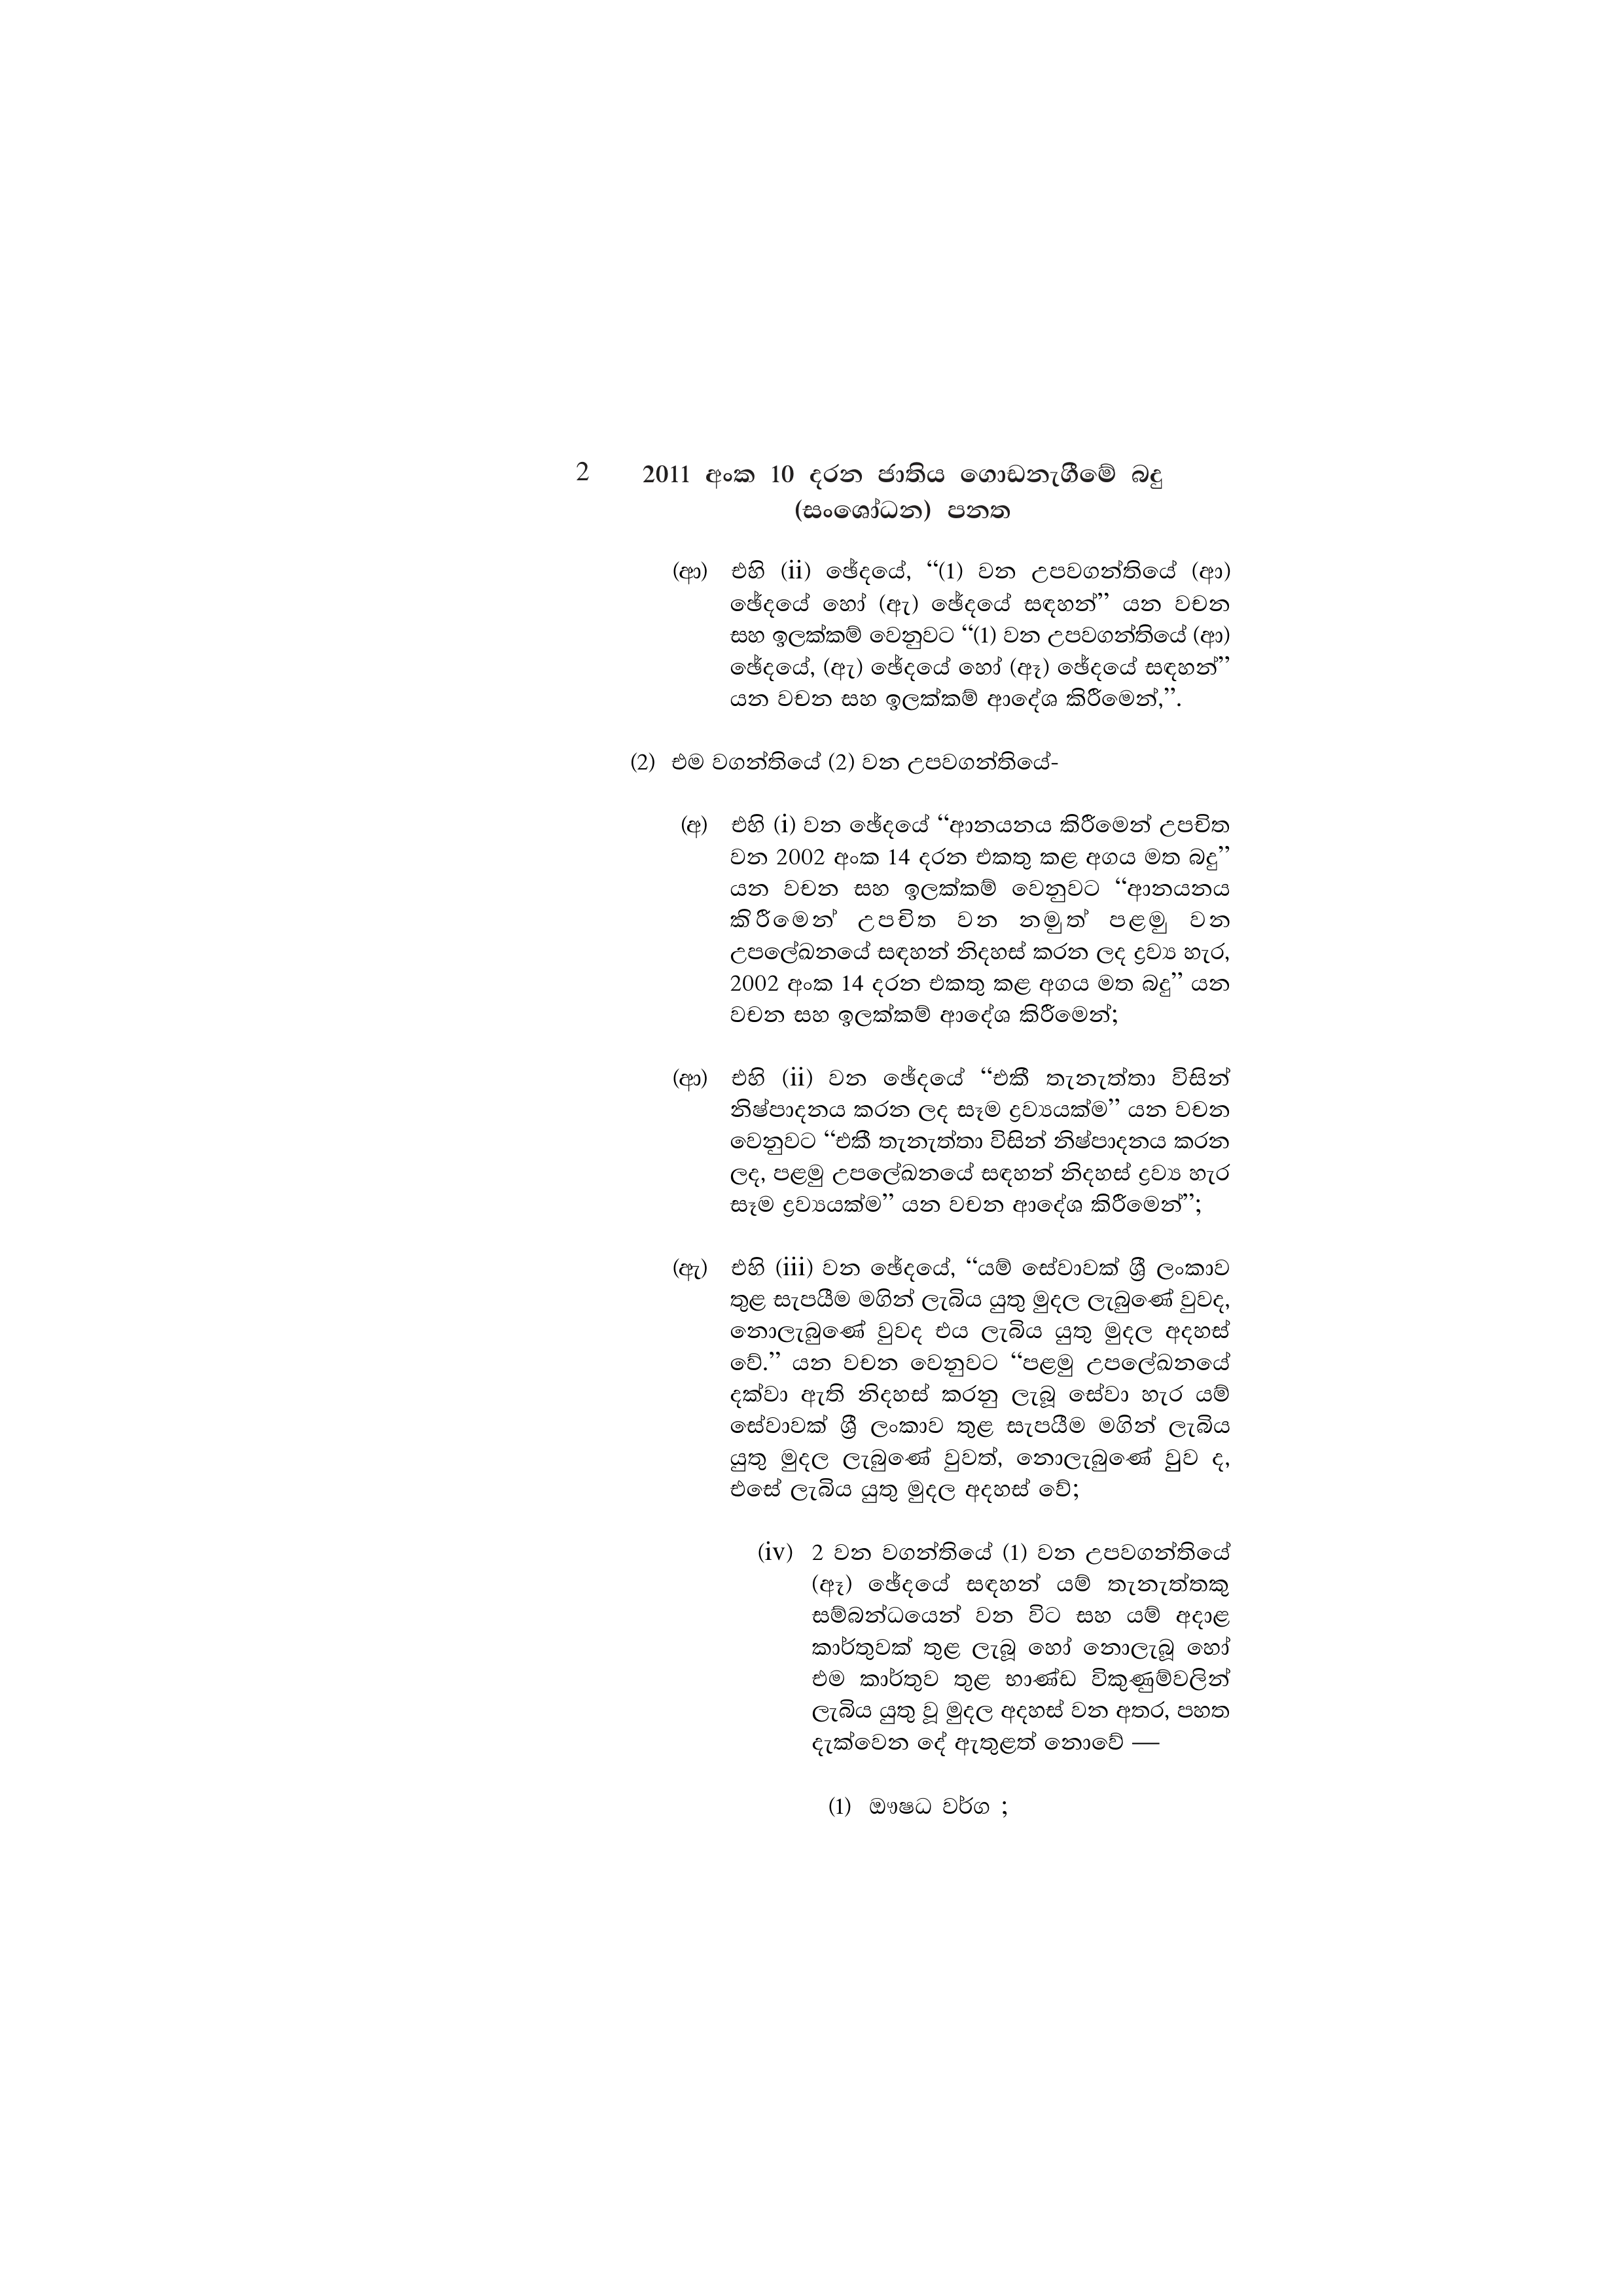
2 2011 අංක 10 දරන ජාතිය ගොඩනැගීමේ බදු
(සංශෝධන) පනත

(ආ) එහි (ii) ඡේදයේ, “(1) වන උපවගන්තියේ (ආ)
ඡේදයේ හෝ (ඇ) ඡේදයේ සඳහන්” යන වචන
සහ ඉලක්කම් වෙනුවට “(1) වන උපවගන්තියේ (ආ)
ඡේදයේ, (ඇ) ඡේදයේ හෝ (ඈ) ඡේදයේ සඳහන්”
යන වචන සහ ඉලක්කම් ආදේශ කිරීමෙන්,”.

(2) එම වගන්තියේ (2) වන උපවගන්තියේ-

(අ) එහි (i) වන ඡේදයේ “ආනයනය කිරීමෙන් උපචිත
වන 2002 අංක 14 දරන එකතු කළ අගය මත බදු”
යන වචන සහ ඉලක්කම් වෙනුවට “ආනයනය
කිරීමෙන් උපචිත වන නමුත් පළමු වන
උපලේඛනයේ සඳහන් නිදහස් කරන ලද ද්‍රව්‍ය හැර,
2002 අංක 14 දරන එකතු කළ අගය මත බදු” යන
වචන සහ ඉලක්කම් ආදේශ කිරීමෙන්;

(ආ) එහි (ii) වන ඡේදයේ “එකී තැනැත්තා විසින්
නිෂ්පාදනය කරන ලද සෑම ද්‍රව්‍යයක්ම” යන වචන
වෙනුවට “එකී තැනැත්තා විසින් නිෂ්පාදනය කරන
ලද, පළමු උපලේඛනයේ සඳහන් නිදහස් ද්‍රව්‍ය හැර
සෑම ද්‍රව්‍යයක්ම” යන වචන ආදේශ කිරීමෙන්”;

(ඇ) එහි (iii) වන ඡේදයේ, “යම් සේවාවක් ශ්‍රී ලංකාව
තුළ සැපයීම මගින් ලැබිය යුතු මුදල ලැබුණේ වුවද,
නොලැබුණේ වුවද එය ලැබිය යුතු මුදල අදහස්
වේ.” යන වචන වෙනුවට “පළමු උපලේඛනයේ
දක්වා ඇති නිදහස් කරනු ලැබූ සේවා හැර යම්
සේවාවක් ශ්‍රී ලංකාව තුළ සැපයීම මගින් ලැබිය
යුතු මුදල ලැබුණේ වුවත්, නොලැබුණේ වුව ද,
එසේ ලැබිය යුතු මුදල අදහස් වේ;

(iv) 2 වන වගන්තියේ (1) වන උපවගන්තියේ
(ඈ) ඡේදයේ සඳහන් යම් තැනැත්තකු
සම්බන්ධයෙන් වන විට සහ යම් අදාළ
කාර්තුවක් තුළ ලැබූ හෝ නොලැබූ හෝ
එම කාර්තුව තුළ භාණ්ඩ විකුණුම්වලින්
ලැබිය යුතු වූ මුදල අදහස් වන අතර, පහත
දැක්වෙන දේ ඇතුළත් නොවේ —

(1) ඖෂධ වර්ග ;